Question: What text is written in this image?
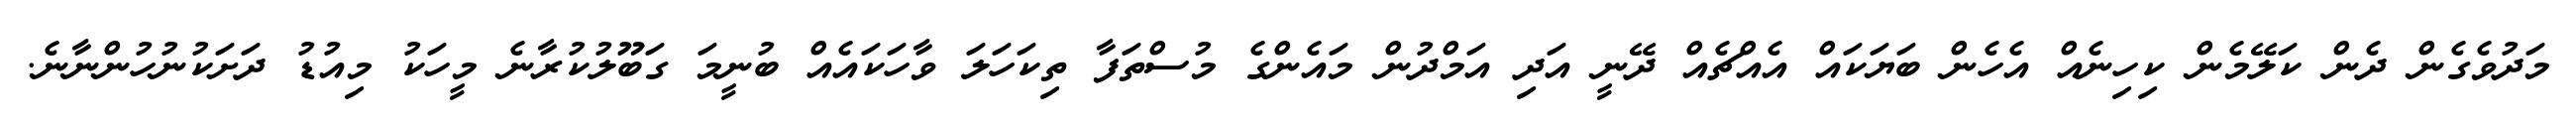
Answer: މަދުވެގެން ދެން ކަލޭމެން ކިހިނެއް އެހެން ބަޔަކައް އެއްޗެއް ދޭނީ އަދި އަމްދުން މައެންގެ މުސްތަފާ ތިކަހަލަ ވާހަކައެއް ބުނީމަ ގަބޫލުކުރާނެ މީހަކު މިއުޑު ދަށަކުނުހުންނާނެ.